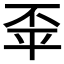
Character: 𢆓